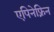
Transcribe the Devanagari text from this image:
एपिनेफ़्रिन